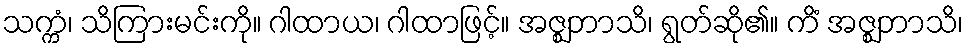
သက္ကံ၊ သိကြားမင်းကို။ ဂါထာယ၊ ဂါထာဖြင့်။ အဇ္ဈဘာသိ၊ ရွတ်ဆို၏။ ကိံ အဇ္ဈဘာသိ၊